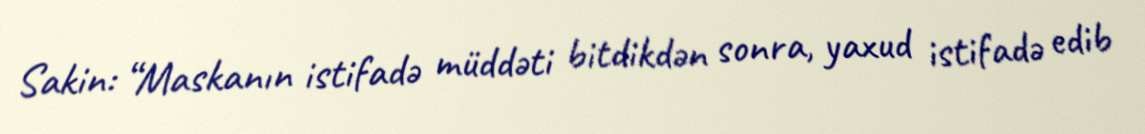
Sakin: “Maskanın istifadə müddəti bitdikdən sonra, yaxud istifadə edib